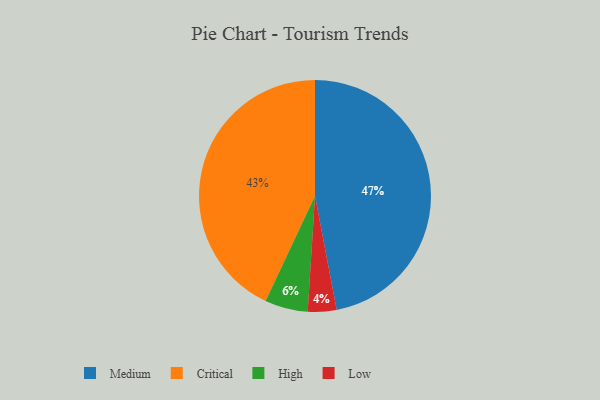
{"axis": {"x": "Category", "y": "Percentage"}, "legend": ["Critical", "High", "Low", "Medium"], "data": [{"x": "Low", "y": 4, "type": "Low"}, {"x": "Critical", "y": 43, "type": "Critical"}, {"x": "High", "y": 6, "type": "High"}, {"x": "Medium", "y": 47, "type": "Medium"}]}